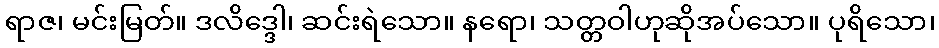
ရာဇ၊ မင်းမြတ်။ ဒလိဒ္ဒေါ၊ ဆင်းရဲသော။ နရော၊ သတ္တဝါဟုဆိုအပ်သော။ ပုရိသော၊